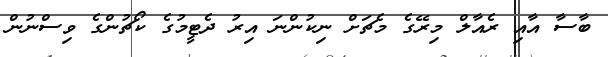
ބާސާ އާއި ރެއާލް މިރޭގެ މެޗަށް ނިކުންނަ އިރު ދެޓީމުގެ ކޯޗުންގެ ވިސްނުން